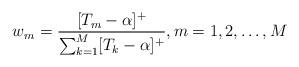
LaTeX: \begin{align*}w_m=\frac{ [T_m - \alpha ]^+}{\sum_{k=1}^{M} [ {T_k} - \alpha ]^+ }, m=1,2,\ldots,M\end{align*}